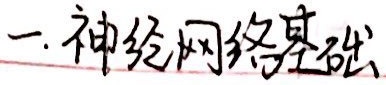
一. 神经网络基础